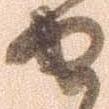
せ